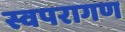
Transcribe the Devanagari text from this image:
स्वपरागण